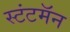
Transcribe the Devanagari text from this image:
स्टंटमॅन